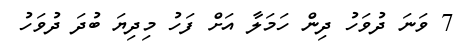
7 ވަނަ ދުވަހު ދިން ހަމަލާ އަށް ފަހު މިދިޔަ ބުދަ ދުވަހު